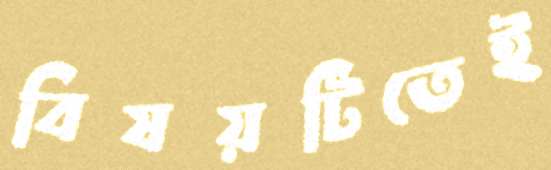
বিষয়টিতেই